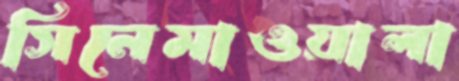
সিনেমাওয়ালা